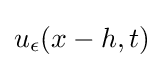
u_{\epsilon }(x-h,t)